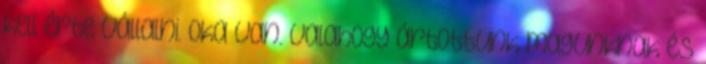
kell érte vállalni. Oka van. Valahogy ártottunk magunknak és